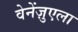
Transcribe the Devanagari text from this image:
वेनेंज़ुएला